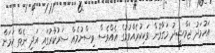
އަހުމަދު ޖަމްޝީދު މަގާމުން ވަކިކުރެއްވުމުގެ އެއްވެސް ވިސްނުމެއް ސަރުކާރުގައި އަދި ނެތް ކަމަށް